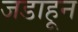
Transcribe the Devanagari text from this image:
जडाहून